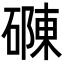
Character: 𮁂